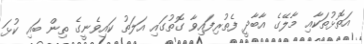
އަތޮޅުތަކާއި މާލޭގެ އާބާދީ ފެތުރިފައިވާ ގޮތުގައި އަލަތު ކައިވެނީގެ ތިން ބައި ކުޅަ